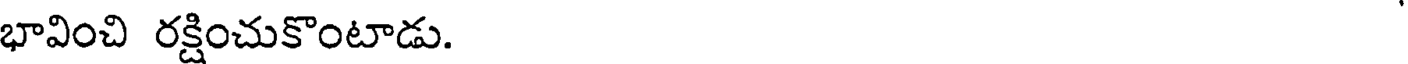
భావించి రక్షించుకొంటాడు.